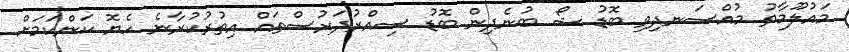
މައުލޫމާތު މުއްސަނދިވި ބޮޑު ޝޯ ބުނެދިން ބޮޑު ސިއްރުދަރުސްތައް އިތުރުކުރާނެ ހެޔޮ ކަންކަމަށް